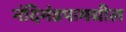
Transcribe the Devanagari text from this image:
नंदिमंडपामधील